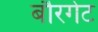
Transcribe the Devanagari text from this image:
बौरगेट